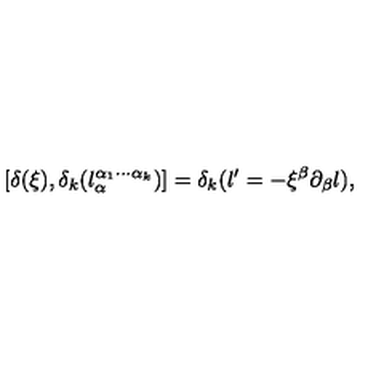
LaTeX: [ \delta ( \xi ) , \delta _ { k } ( l _ { \alpha } ^ { \alpha _ { 1 } \cdots \alpha _ { k } } ) ] = \delta _ { k } ( l ^ { \prime } = - \xi ^ { \beta } \partial _ { \beta } l ) ,